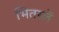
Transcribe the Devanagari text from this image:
भितरलें